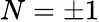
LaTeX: N=\pm 1